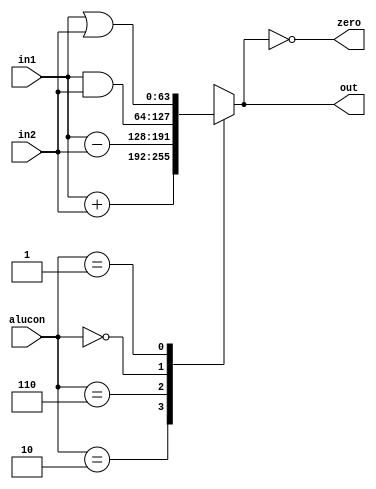
module ALU(
    input [63:0] in1,
    input [63:0] in2,
    input [3:0] alucon,
    output reg [63:0] out,
    output zero
    );
	assign zero = (out == 0);
	always @(*)
		 begin
			case (alucon)
				4'b0010 : out = in1 + in2; //ADD
				4'b0110 : out = in1 - in2; //SUB
				4'b0000 : out = in1 & in2; //AND
				4'b0001 : out = in1 | in2; //OR
				default: out <= 64'bx;
			endcase
		end
endmodule